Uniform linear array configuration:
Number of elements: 48
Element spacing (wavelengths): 0.75
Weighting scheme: blackman
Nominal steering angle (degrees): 15
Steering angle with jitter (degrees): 14.819
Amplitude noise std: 0.05
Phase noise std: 0.05

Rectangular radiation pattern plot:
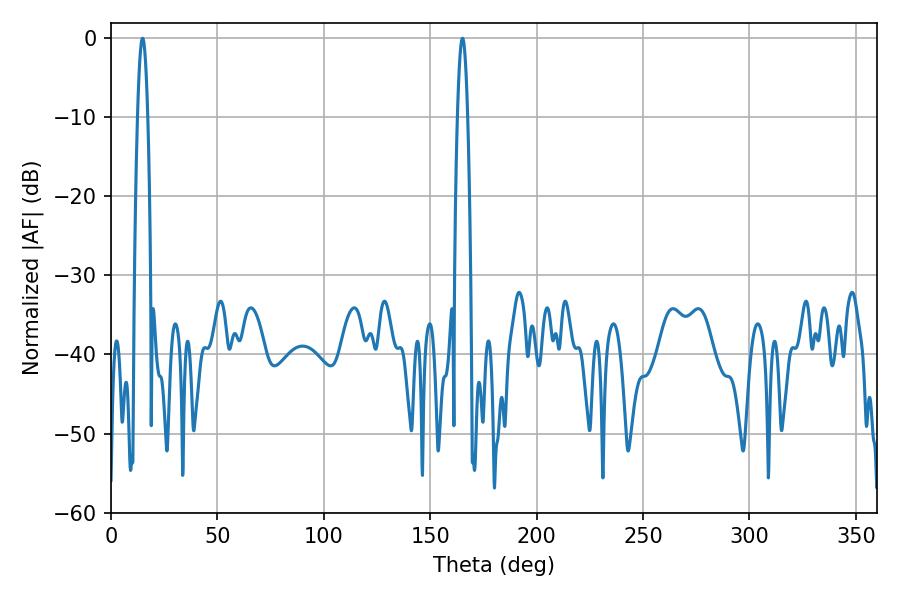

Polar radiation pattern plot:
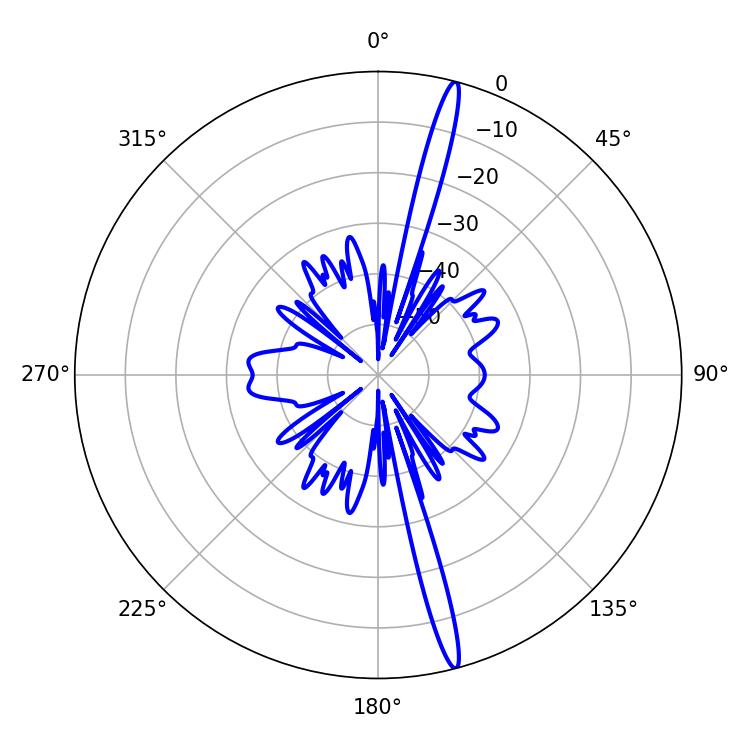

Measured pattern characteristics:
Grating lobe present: TRUE
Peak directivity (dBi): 18.903
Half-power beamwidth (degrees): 2.7
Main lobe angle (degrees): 165.24